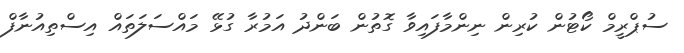
ސުޕްރީމް ކޯޓުން ކުރިން ނިންމާފައިވާ ގޮތުން ބަންދު އަމުރާ ގުޅޭ މައްސަލަތައް އިސްތިއުނާފް